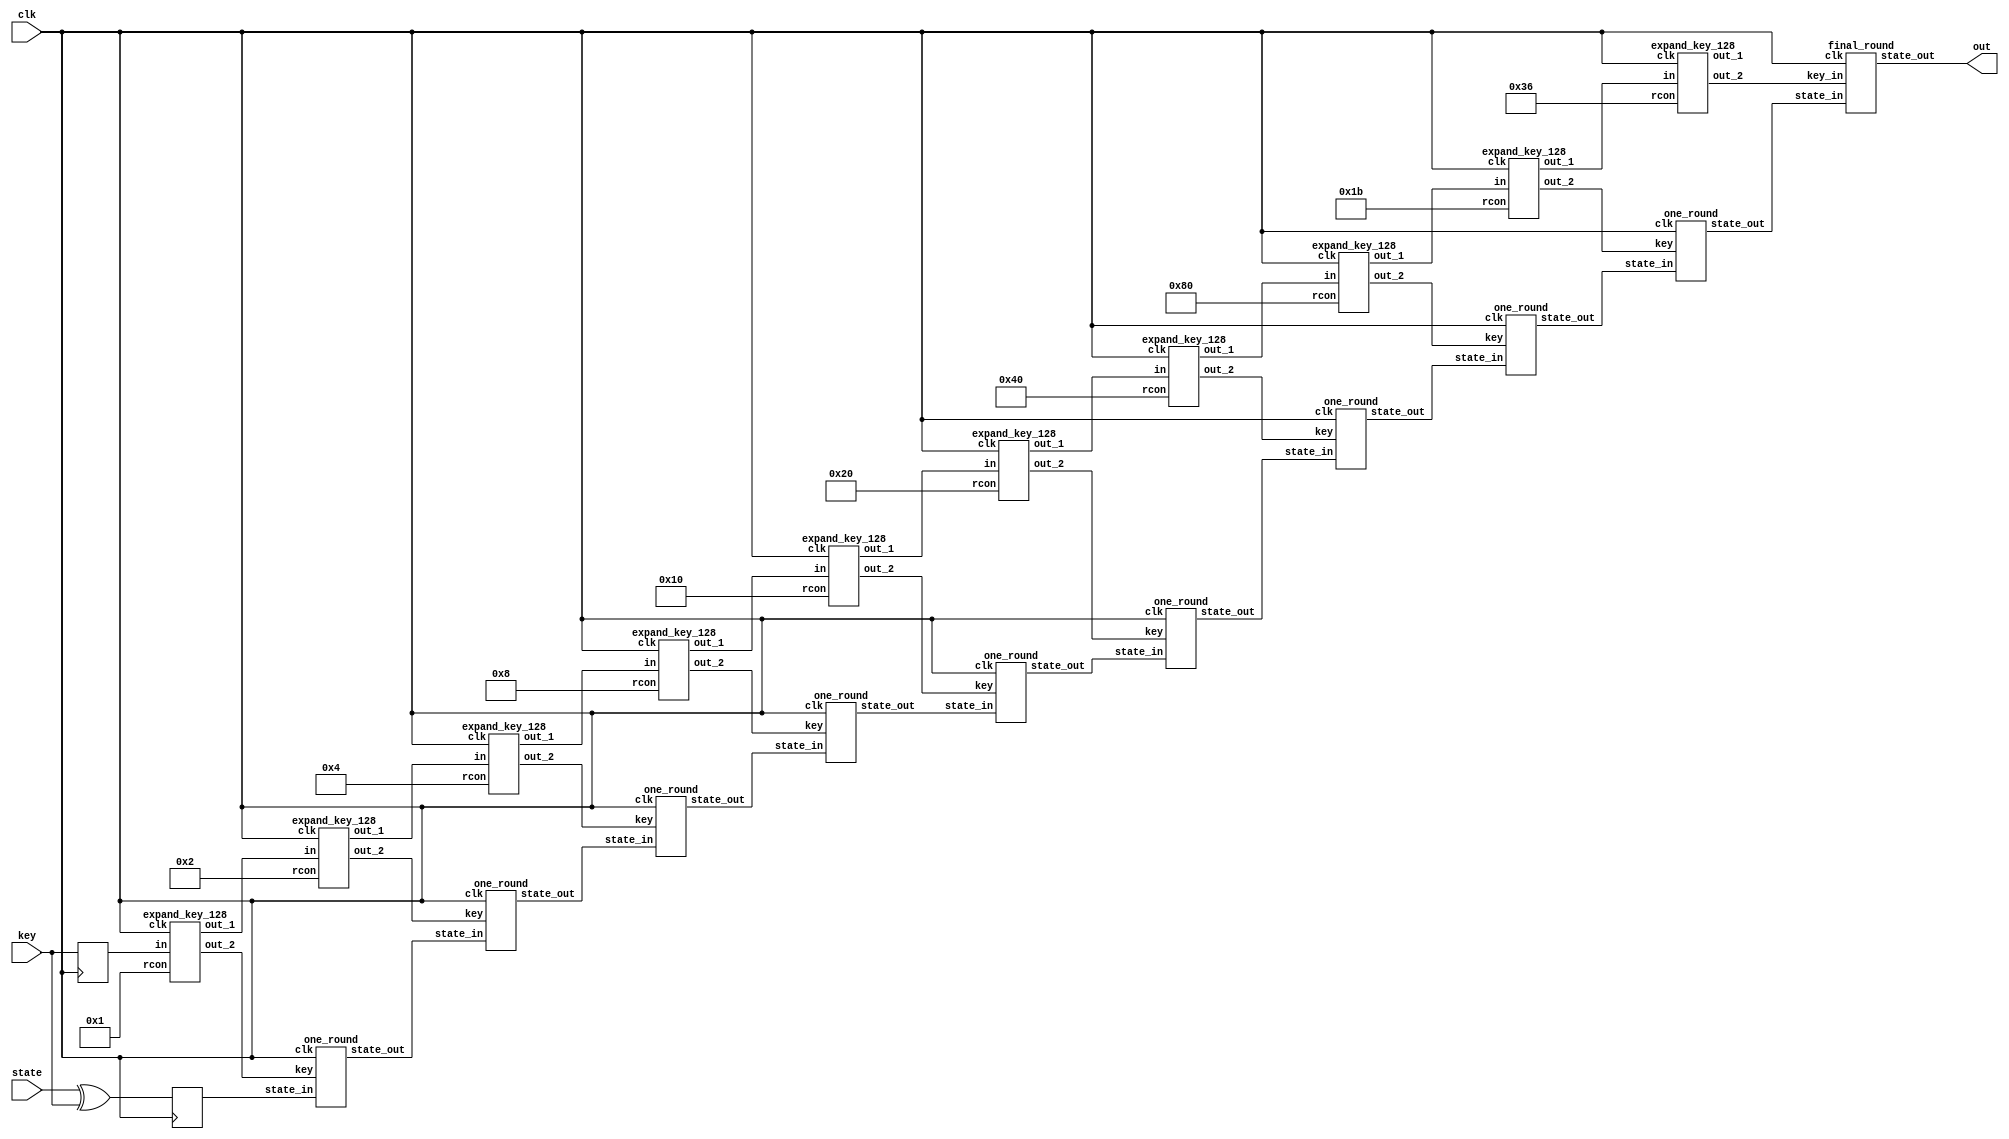
/*
 * Copyright 2012, Homer Hsing <homer.hsing@gmail.com>
 *
 * Licensed under the Apache License, Version 2.0 (the "License");
 * you may not use this file except in compliance with the License.
 * You may obtain a copy of the License at
 *
 * http://www.apache.org/licenses/LICENSE-2.0
 *
 * Unless required by applicable law or agreed to in writing, software
 * distributed under the License is distributed on an "AS IS" BASIS,
 * WITHOUT WARRANTIES OR CONDITIONS OF ANY KIND, either express or implied.
 * See the License for the specific language governing permissions and
 * limitations under the License.
 */

module aes128(clk, state, key, out);
    input          clk;
    input  [127:0] state, key;
    output [127:0] out;
    reg    [127:0] s0, k0;
    wire   [127:0] s1, s2, s3, s4, s5, s6, s7, s8, s9,
                   k1, k2, k3, k4, k5, k6, k7, k8, k9,
                   k0b, k1b, k2b, k3b, k4b, k5b, k6b, k7b, k8b, k9b;

    always @ (posedge clk)
      begin
        s0 <= state ^ key;
        k0 <= key;
      end

    expand_key_128
        a1 (clk, k0, k1, k0b, 8'h1),
        a2 (clk, k1, k2, k1b, 8'h2),
        a3 (clk, k2, k3, k2b, 8'h4),
        a4 (clk, k3, k4, k3b, 8'h8),
        a5 (clk, k4, k5, k4b, 8'h10),
        a6 (clk, k5, k6, k5b, 8'h20),
        a7 (clk, k6, k7, k6b, 8'h40),
        a8 (clk, k7, k8, k7b, 8'h80),
        a9 (clk, k8, k9, k8b, 8'h1b),
       a10 (clk, k9,   , k9b, 8'h36);

    one_round
        r1 (clk, s0, k0b, s1),
        r2 (clk, s1, k1b, s2),
        r3 (clk, s2, k2b, s3),
        r4 (clk, s3, k3b, s4),
        r5 (clk, s4, k4b, s5),
        r6 (clk, s5, k5b, s6),
        r7 (clk, s6, k6b, s7),
        r8 (clk, s7, k7b, s8),
        r9 (clk, s8, k8b, s9);

    final_round
        rf (clk, s9, k9b, out);
endmodule

module expand_key_128(clk, in, out_1, out_2, rcon);
    input              clk;
    input      [127:0] in;
    input      [7:0]   rcon;
    output reg [127:0] out_1;
    output     [127:0] out_2;
    wire       [31:0]  k0, k1, k2, k3,
                       v0, v1, v2, v3;
    reg        [31:0]  k0a, k1a, k2a, k3a;
    wire       [31:0]  k0b, k1b, k2b, k3b, k4a;

    assign {k0, k1, k2, k3} = in;
    
    assign v0 = {k0[31:24] ^ rcon, k0[23:0]};
    assign v1 = v0 ^ k1;
    assign v2 = v1 ^ k2;
    assign v3 = v2 ^ k3;

    always @ (posedge clk)
        {k0a, k1a, k2a, k3a} <= {v0, v1, v2, v3};

    S4
        S4_0 (clk, {k3[23:0], k3[31:24]}, k4a);

    assign k0b = k0a ^ k4a;
    assign k1b = k1a ^ k4a;
    assign k2b = k2a ^ k4a;
    assign k3b = k3a ^ k4a;

    always @ (posedge clk)
        out_1 <= {k0b, k1b, k2b, k3b};

    assign out_2 = {k0b, k1b, k2b, k3b};
endmodule



/* one AES round for every two clock cycles */
module one_round (clk, state_in, key, state_out);
    input              clk;
    input      [127:0] state_in, key;
    output reg [127:0] state_out;
    wire       [31:0]  s0,  s1,  s2,  s3,
                       z0,  z1,  z2,  z3,
                       p00, p01, p02, p03,
                       p10, p11, p12, p13,
                       p20, p21, p22, p23,
                       p30, p31, p32, p33,
                       k0,  k1,  k2,  k3;

    assign {k0, k1, k2, k3} = key;

    assign {s0, s1, s2, s3} = state_in;

    table_lookup
        t0 (clk, s0, p00, p01, p02, p03),
        t1 (clk, s1, p10, p11, p12, p13),
        t2 (clk, s2, p20, p21, p22, p23),
        t3 (clk, s3, p30, p31, p32, p33);

    assign z0 = p00 ^ p11 ^ p22 ^ p33 ^ k0;
    assign z1 = p03 ^ p10 ^ p21 ^ p32 ^ k1;
    assign z2 = p02 ^ p13 ^ p20 ^ p31 ^ k2;
    assign z3 = p01 ^ p12 ^ p23 ^ p30 ^ k3;

    always @ (posedge clk)
        state_out <= {z0, z1, z2, z3};
endmodule

/* AES final round for every two clock cycles */
module final_round (clk, state_in, key_in, state_out);
    input              clk;
    input      [127:0] state_in;
    input      [127:0] key_in;
    output reg [127:0] state_out;
    wire [31:0] s0,  s1,  s2,  s3,
                z0,  z1,  z2,  z3,
                k0,  k1,  k2,  k3;
    wire [7:0]  p00, p01, p02, p03,
                p10, p11, p12, p13,
                p20, p21, p22, p23,
                p30, p31, p32, p33;
    
    assign {k0, k1, k2, k3} = key_in;
    
    assign {s0, s1, s2, s3} = state_in;

    S4
        S4_1 (clk, s0, {p00, p01, p02, p03}),
        S4_2 (clk, s1, {p10, p11, p12, p13}),
        S4_3 (clk, s2, {p20, p21, p22, p23}),
        S4_4 (clk, s3, {p30, p31, p32, p33});

    assign z0 = {p00, p11, p22, p33} ^ k0;
    assign z1 = {p10, p21, p32, p03} ^ k1;
    assign z2 = {p20, p31, p02, p13} ^ k2;
    assign z3 = {p30, p01, p12, p23} ^ k3;

    always @ (posedge clk)
        state_out <= {z0, z1, z2, z3};
endmodule




/*http://cs-www.cs.yale.edu/homes/peralta/CircuitStuff/CMT.html*/
module S(
    input clk,
    input [7:0] in,
    output reg [7:0] out
    );
	
	wire[0:7] s, x;

	assign x = in;
	
	always @ (posedge clk)
        out <= s;
	
	wire [21:0] y;
	wire [67:0] t;
	wire [17:0] z;
	
	assign y[14] = x[3] ^ x[5];
	assign y[13] = x[0] ^ x[6];
	assign y[9] = x[0] ^ x[3];
	assign y[8] = x[0] ^ x[5];
	assign t[0] = x[1] ^ x[2];
	assign y[1] = t[0] ^ x[7];
	assign y[4] = y[1] ^ x[3];
	assign y[12] = y[13] ^ y[14];
	assign y[2] = y[1] ^ x[0];
	assign y[5] = y[1] ^ x[6];
	assign y[3] = y[5] ^ y[8];
	assign t[1] = x[4] ^ y[12];
	assign y[15] = t[1] ^ x[5];
	assign y[20] = t[1] ^ x[1];
	assign y[6] = y[15] ^ x[7];
	assign y[10] = y[15] ^ t[0];
	assign y[11] = y[20] ^ y[9];
	assign y[7] = x[7] ^ y[11];
	assign y[17] = y[10] ^ y[11];
	assign y[19] = y[10] ^ y[8];
	assign y[16] = t[0] ^ y[11];
	assign y[21] = y[13] ^ y[16];
	assign y[18] = x[0] ^ y[16];
	
	assign t[2] = y[12] & y[15];
	assign t[3] = y[3] & y[6];
	assign t[4] = t[3] ^ t[2];
	assign t[5] = y[4] & x[7];
	assign t[6] = t[5] ^ t[2]; 
	assign t[7] = y[13] & y[16];
	assign t[8] = y[5] & y[1];
	assign t[9] = t[8] ^ t[7];
	assign t[10] = y[2] & y[7];
	assign t[11] = t[10] ^ t[7];
	assign t[12] = y[9] & y[11];
	assign t[13] = y[14] & y[17];
	assign t[14] = t[13] ^ t[12];
	assign t[15] = y[8] & y[10];
	assign t[16] = t[15] ^ t[12];
	assign t[17] = t[4] ^ t[14];
	assign t[18] = t[6] ^ t[16];
	assign t[19] = t[9] ^ t[14];
	assign t[20] = t[11] ^ t[16];
	assign t[21] = t[17] ^ y[20];
	assign t[22] = t[18] ^ y[19];
	assign t[23] = t[19] ^ y[21];
	assign t[24] = t[20] ^ y[18];
	
	assign t[25] = t[21] ^ t[22];
	assign t[26] = t[21] & t[23];
	assign t[27] = t[24] ^ t[26];
	assign t[28] = t[25] & t[27]; 
	assign t[29] = t[28] ^ t[22];
	assign t[30] = t[23] ^ t[24];
	assign t[31] = t[22] ^ t[26];
	assign t[32] = t[31] & t[30];
	assign t[33] = t[32] ^ t[24];
	assign t[34] = t[23] ^ t[33];
	assign t[35] = t[27] ^ t[33];
	assign t[36] = t[24] & t[35]; 
	assign t[37] = t[36] ^ t[34];
	assign t[38] = t[27] ^ t[36];
	assign t[39] = t[29] & t[38];
	assign t[40] = t[25] ^ t[39];
	
	assign t[41] = t[40] ^ t[37];
	assign t[42] = t[29] ^ t[33];
	assign t[43] =  t[29] ^ t[40];
	assign t[44] =  t[33] ^ t[37];
	assign t[45] = t[42] ^ t[41];
	assign z[0] = t[44] & y[15];
	assign z[1] = t[37] & y[6];
	assign z[2] = t[33] & x[7];
	assign z[3] = t[43] & y[16];
	assign z[4] = t[40] & y[1];
	assign z[5] = t[29] & y[7];
	assign z[6] = t[42] & y[11];
	assign z[7] = t[45] & y[17];
	assign z[8] = t[41] & y[10];
	assign z[9] = t[44] & y[12];
	assign z[10] = t[37] & y[3];
	assign z[11] = t[33] & y[4];
	assign z[12] = t[43] & y[13];
	assign z[13] = t[40] & y[5];
	assign z[14] = t[29] & y[2];
	assign z[15] = t[42] & y[9];
	assign z[16] = t[45] & y[14];
	assign z[17] = t[41] & y[8];
	
	assign t[46] = z[15] ^ z[16];
	assign t[47] = z[10] ^ z[11];
	assign t[48] = z[5] ^ z[13];
	assign t[49] = z[9] ^ z[10];
	assign t[50] = z[2] ^ z[12];
	assign t[51] = z[2] ^ z[5];
	assign t[52] = z[7] ^ z[8];
	assign t[53] = z[0] ^ z[3];
	assign t[54] = z[6] ^ z[7];
	assign t[55] = z[16] ^ z[17];
	assign t[56] = z[12] ^ t[48];
	assign t[57] = t[50] ^ t[53];
	assign t[58] = z[4] ^ t[46];
	assign t[59] = z[3] ^ t[54];
	assign t[60] = t[46] ^ t[57];
	assign t[61] = z[14] ^ t[57];
	assign t[62] = t[52] ^ t[58];
	assign t[63] = t[49] ^ t[58];
	assign t[64] = z[4] ^ t[59];
	assign t[65] = t[61] ^ t[62];
	assign t[66] = z[1] ^ t[63];
	assign s[0] = t[59] ^ t[63];
	assign s[6] = ~t[56 ] ^ t[62]; 
	assign s[7] = ~t[48 ] ^ t[60]; 
	assign t[67] = t[64] ^ t[65];
	assign s[3] = t[53] ^ t[66];
	assign s[4] = t[51] ^ t[66];
	assign s[5] = t[47] ^ t[65];
	assign s[1] = ~t[64 ] ^ s[3]; 
	assign s[2] = ~t[55 ] ^ t[67]; 
  
endmodule 


module xS (clk, in, out); //this is sbox times 2 
    input clk;
    input [7:0] in;
    output [7:0] out;
    
    wire [7:0] out_2;
	
	S S_(
		.clk(clk),
		.in(in),
		.out(out_2)
	);
	
	wire dummy;
	
	assign {dummy, out} = out_2[7]? {out_2, 1'b0}^9'h11b : {out_2, 1'b0}; //Finite Field Multiplication: https://www.cs.uaf.edu/2013/spring/cs463/lecture/02_11_groups_fields.html
	
	
endmodule



module table_lookup (clk, state, p0, p1, p2, p3);
    input clk;
    input [31:0] state;
    output [31:0] p0, p1, p2, p3;
    wire [7:0] b0, b1, b2, b3;
    
    assign {b0, b1, b2, b3} = state;
    T
        t0 (clk, b0, {p0[23:0], p0[31:24]}),
        t1 (clk, b1, {p1[15:0], p1[31:16]}),
        t2 (clk, b2, {p2[7:0],  p2[31:8]} ),
        t3 (clk, b3, p3);
endmodule

/* substitue four bytes in a word */
module S4 (clk, in, out);
    input clk;
    input [31:0] in;
    output [31:0] out;
    
    S
        S_0 (clk, in[31:24], out[31:24]),
        S_1 (clk, in[23:16], out[23:16]),
        S_2 (clk, in[15:8],  out[15:8] ),
        S_3 (clk, in[7:0],   out[7:0]  );
endmodule

/* S_box, S_box, S_box*(x+1), S_box*x */
module T (clk, in, out);
    input         clk;
    input  [7:0]  in;
    output [31:0] out;
    
    S
        s0 (clk, in, out[31:24]);
    assign out[23:16] = out[31:24];
    xS
        s4 (clk, in, out[7:0]);
    assign out[15:8] = out[23:16] ^ out[7:0];
endmodule

/* S box */
module S_table (clk, in, out); //uses BRAM, implementation based on logic operations included in sbox.v
    input clk;
    input [7:0] in;
    output reg [7:0] out;

    always @ (posedge clk)
    case (in)
    8'h00: out <= 8'h63;
    8'h01: out <= 8'h7c;
    8'h02: out <= 8'h77;
    8'h03: out <= 8'h7b;
    8'h04: out <= 8'hf2;
    8'h05: out <= 8'h6b;
    8'h06: out <= 8'h6f;
    8'h07: out <= 8'hc5;
    8'h08: out <= 8'h30;
    8'h09: out <= 8'h01;
    8'h0a: out <= 8'h67;
    8'h0b: out <= 8'h2b;
    8'h0c: out <= 8'hfe;
    8'h0d: out <= 8'hd7;
    8'h0e: out <= 8'hab;
    8'h0f: out <= 8'h76;
    8'h10: out <= 8'hca;
    8'h11: out <= 8'h82;
    8'h12: out <= 8'hc9;
    8'h13: out <= 8'h7d;
    8'h14: out <= 8'hfa;
    8'h15: out <= 8'h59;
    8'h16: out <= 8'h47;
    8'h17: out <= 8'hf0;
    8'h18: out <= 8'had;
    8'h19: out <= 8'hd4;
    8'h1a: out <= 8'ha2;
    8'h1b: out <= 8'haf;
    8'h1c: out <= 8'h9c;
    8'h1d: out <= 8'ha4;
    8'h1e: out <= 8'h72;
    8'h1f: out <= 8'hc0;
    8'h20: out <= 8'hb7;
    8'h21: out <= 8'hfd;
    8'h22: out <= 8'h93;
    8'h23: out <= 8'h26;
    8'h24: out <= 8'h36;
    8'h25: out <= 8'h3f;
    8'h26: out <= 8'hf7;
    8'h27: out <= 8'hcc;
    8'h28: out <= 8'h34;
    8'h29: out <= 8'ha5;
    8'h2a: out <= 8'he5;
    8'h2b: out <= 8'hf1;
    8'h2c: out <= 8'h71;
    8'h2d: out <= 8'hd8;
    8'h2e: out <= 8'h31;
    8'h2f: out <= 8'h15;
    8'h30: out <= 8'h04;
    8'h31: out <= 8'hc7;
    8'h32: out <= 8'h23;
    8'h33: out <= 8'hc3;
    8'h34: out <= 8'h18;
    8'h35: out <= 8'h96;
    8'h36: out <= 8'h05;
    8'h37: out <= 8'h9a;
    8'h38: out <= 8'h07;
    8'h39: out <= 8'h12;
    8'h3a: out <= 8'h80;
    8'h3b: out <= 8'he2;
    8'h3c: out <= 8'heb;
    8'h3d: out <= 8'h27;
    8'h3e: out <= 8'hb2;
    8'h3f: out <= 8'h75;
    8'h40: out <= 8'h09;
    8'h41: out <= 8'h83;
    8'h42: out <= 8'h2c;
    8'h43: out <= 8'h1a;
    8'h44: out <= 8'h1b;
    8'h45: out <= 8'h6e;
    8'h46: out <= 8'h5a;
    8'h47: out <= 8'ha0;
    8'h48: out <= 8'h52;
    8'h49: out <= 8'h3b;
    8'h4a: out <= 8'hd6;
    8'h4b: out <= 8'hb3;
    8'h4c: out <= 8'h29;
    8'h4d: out <= 8'he3;
    8'h4e: out <= 8'h2f;
    8'h4f: out <= 8'h84;
    8'h50: out <= 8'h53;
    8'h51: out <= 8'hd1;
    8'h52: out <= 8'h00;
    8'h53: out <= 8'hed;
    8'h54: out <= 8'h20;
    8'h55: out <= 8'hfc;
    8'h56: out <= 8'hb1;
    8'h57: out <= 8'h5b;
    8'h58: out <= 8'h6a;
    8'h59: out <= 8'hcb;
    8'h5a: out <= 8'hbe;
    8'h5b: out <= 8'h39;
    8'h5c: out <= 8'h4a;
    8'h5d: out <= 8'h4c;
    8'h5e: out <= 8'h58;
    8'h5f: out <= 8'hcf;
    8'h60: out <= 8'hd0;
    8'h61: out <= 8'hef;
    8'h62: out <= 8'haa;
    8'h63: out <= 8'hfb;
    8'h64: out <= 8'h43;
    8'h65: out <= 8'h4d;
    8'h66: out <= 8'h33;
    8'h67: out <= 8'h85;
    8'h68: out <= 8'h45;
    8'h69: out <= 8'hf9;
    8'h6a: out <= 8'h02;
    8'h6b: out <= 8'h7f;
    8'h6c: out <= 8'h50;
    8'h6d: out <= 8'h3c;
    8'h6e: out <= 8'h9f;
    8'h6f: out <= 8'ha8;
    8'h70: out <= 8'h51;
    8'h71: out <= 8'ha3;
    8'h72: out <= 8'h40;
    8'h73: out <= 8'h8f;
    8'h74: out <= 8'h92;
    8'h75: out <= 8'h9d;
    8'h76: out <= 8'h38;
    8'h77: out <= 8'hf5;
    8'h78: out <= 8'hbc;
    8'h79: out <= 8'hb6;
    8'h7a: out <= 8'hda;
    8'h7b: out <= 8'h21;
    8'h7c: out <= 8'h10;
    8'h7d: out <= 8'hff;
    8'h7e: out <= 8'hf3;
    8'h7f: out <= 8'hd2;
    8'h80: out <= 8'hcd;
    8'h81: out <= 8'h0c;
    8'h82: out <= 8'h13;
    8'h83: out <= 8'hec;
    8'h84: out <= 8'h5f;
    8'h85: out <= 8'h97;
    8'h86: out <= 8'h44;
    8'h87: out <= 8'h17;
    8'h88: out <= 8'hc4;
    8'h89: out <= 8'ha7;
    8'h8a: out <= 8'h7e;
    8'h8b: out <= 8'h3d;
    8'h8c: out <= 8'h64;
    8'h8d: out <= 8'h5d;
    8'h8e: out <= 8'h19;
    8'h8f: out <= 8'h73;
    8'h90: out <= 8'h60;
    8'h91: out <= 8'h81;
    8'h92: out <= 8'h4f;
    8'h93: out <= 8'hdc;
    8'h94: out <= 8'h22;
    8'h95: out <= 8'h2a;
    8'h96: out <= 8'h90;
    8'h97: out <= 8'h88;
    8'h98: out <= 8'h46;
    8'h99: out <= 8'hee;
    8'h9a: out <= 8'hb8;
    8'h9b: out <= 8'h14;
    8'h9c: out <= 8'hde;
    8'h9d: out <= 8'h5e;
    8'h9e: out <= 8'h0b;
    8'h9f: out <= 8'hdb;
    8'ha0: out <= 8'he0;
    8'ha1: out <= 8'h32;
    8'ha2: out <= 8'h3a;
    8'ha3: out <= 8'h0a;
    8'ha4: out <= 8'h49;
    8'ha5: out <= 8'h06;
    8'ha6: out <= 8'h24;
    8'ha7: out <= 8'h5c;
    8'ha8: out <= 8'hc2;
    8'ha9: out <= 8'hd3;
    8'haa: out <= 8'hac;
    8'hab: out <= 8'h62;
    8'hac: out <= 8'h91;
    8'had: out <= 8'h95;
    8'hae: out <= 8'he4;
    8'haf: out <= 8'h79;
    8'hb0: out <= 8'he7;
    8'hb1: out <= 8'hc8;
    8'hb2: out <= 8'h37;
    8'hb3: out <= 8'h6d;
    8'hb4: out <= 8'h8d;
    8'hb5: out <= 8'hd5;
    8'hb6: out <= 8'h4e;
    8'hb7: out <= 8'ha9;
    8'hb8: out <= 8'h6c;
    8'hb9: out <= 8'h56;
    8'hba: out <= 8'hf4;
    8'hbb: out <= 8'hea;
    8'hbc: out <= 8'h65;
    8'hbd: out <= 8'h7a;
    8'hbe: out <= 8'hae;
    8'hbf: out <= 8'h08;
    8'hc0: out <= 8'hba;
    8'hc1: out <= 8'h78;
    8'hc2: out <= 8'h25;
    8'hc3: out <= 8'h2e;
    8'hc4: out <= 8'h1c;
    8'hc5: out <= 8'ha6;
    8'hc6: out <= 8'hb4;
    8'hc7: out <= 8'hc6;
    8'hc8: out <= 8'he8;
    8'hc9: out <= 8'hdd;
    8'hca: out <= 8'h74;
    8'hcb: out <= 8'h1f;
    8'hcc: out <= 8'h4b;
    8'hcd: out <= 8'hbd;
    8'hce: out <= 8'h8b;
    8'hcf: out <= 8'h8a;
    8'hd0: out <= 8'h70;
    8'hd1: out <= 8'h3e;
    8'hd2: out <= 8'hb5;
    8'hd3: out <= 8'h66;
    8'hd4: out <= 8'h48;
    8'hd5: out <= 8'h03;
    8'hd6: out <= 8'hf6;
    8'hd7: out <= 8'h0e;
    8'hd8: out <= 8'h61;
    8'hd9: out <= 8'h35;
    8'hda: out <= 8'h57;
    8'hdb: out <= 8'hb9;
    8'hdc: out <= 8'h86;
    8'hdd: out <= 8'hc1;
    8'hde: out <= 8'h1d;
    8'hdf: out <= 8'h9e;
    8'he0: out <= 8'he1;
    8'he1: out <= 8'hf8;
    8'he2: out <= 8'h98;
    8'he3: out <= 8'h11;
    8'he4: out <= 8'h69;
    8'he5: out <= 8'hd9;
    8'he6: out <= 8'h8e;
    8'he7: out <= 8'h94;
    8'he8: out <= 8'h9b;
    8'he9: out <= 8'h1e;
    8'hea: out <= 8'h87;
    8'heb: out <= 8'he9;
    8'hec: out <= 8'hce;
    8'hed: out <= 8'h55;
    8'hee: out <= 8'h28;
    8'hef: out <= 8'hdf;
    8'hf0: out <= 8'h8c;
    8'hf1: out <= 8'ha1;
    8'hf2: out <= 8'h89;
    8'hf3: out <= 8'h0d;
    8'hf4: out <= 8'hbf;
    8'hf5: out <= 8'he6;
    8'hf6: out <= 8'h42;
    8'hf7: out <= 8'h68;
    8'hf8: out <= 8'h41;
    8'hf9: out <= 8'h99;
    8'hfa: out <= 8'h2d;
    8'hfb: out <= 8'h0f;
    8'hfc: out <= 8'hb0;
    8'hfd: out <= 8'h54;
    8'hfe: out <= 8'hbb;
    8'hff: out <= 8'h16;
    endcase
endmodule

/* S box * x */
module xS_table (clk, in, out); //uses BRAM, implementation based on logic operations included in sbox.v
    input clk;
    input [7:0] in;
    output reg [7:0] out;

    always @ (posedge clk)
    case (in)
    8'h00: out <= 8'hc6;
    8'h01: out <= 8'hf8;
    8'h02: out <= 8'hee;
    8'h03: out <= 8'hf6;
    8'h04: out <= 8'hff;
    8'h05: out <= 8'hd6;
    8'h06: out <= 8'hde;
    8'h07: out <= 8'h91;
    8'h08: out <= 8'h60;
    8'h09: out <= 8'h02;
    8'h0a: out <= 8'hce;
    8'h0b: out <= 8'h56;
    8'h0c: out <= 8'he7;
    8'h0d: out <= 8'hb5;
    8'h0e: out <= 8'h4d;
    8'h0f: out <= 8'hec;
    8'h10: out <= 8'h8f;
    8'h11: out <= 8'h1f;
    8'h12: out <= 8'h89;
    8'h13: out <= 8'hfa;
    8'h14: out <= 8'hef;
    8'h15: out <= 8'hb2;
    8'h16: out <= 8'h8e;
    8'h17: out <= 8'hfb;
    8'h18: out <= 8'h41;
    8'h19: out <= 8'hb3;
    8'h1a: out <= 8'h5f;
    8'h1b: out <= 8'h45;
    8'h1c: out <= 8'h23;
    8'h1d: out <= 8'h53;
    8'h1e: out <= 8'he4;
    8'h1f: out <= 8'h9b;
    8'h20: out <= 8'h75;
    8'h21: out <= 8'he1;
    8'h22: out <= 8'h3d;
    8'h23: out <= 8'h4c;
    8'h24: out <= 8'h6c;
    8'h25: out <= 8'h7e;
    8'h26: out <= 8'hf5;
    8'h27: out <= 8'h83;
    8'h28: out <= 8'h68;
    8'h29: out <= 8'h51;
    8'h2a: out <= 8'hd1;
    8'h2b: out <= 8'hf9;
    8'h2c: out <= 8'he2;
    8'h2d: out <= 8'hab;
    8'h2e: out <= 8'h62;
    8'h2f: out <= 8'h2a;
    8'h30: out <= 8'h08;
    8'h31: out <= 8'h95;
    8'h32: out <= 8'h46;
    8'h33: out <= 8'h9d;
    8'h34: out <= 8'h30;
    8'h35: out <= 8'h37;
    8'h36: out <= 8'h0a;
    8'h37: out <= 8'h2f;
    8'h38: out <= 8'h0e;
    8'h39: out <= 8'h24;
    8'h3a: out <= 8'h1b;
    8'h3b: out <= 8'hdf;
    8'h3c: out <= 8'hcd;
    8'h3d: out <= 8'h4e;
    8'h3e: out <= 8'h7f;
    8'h3f: out <= 8'hea;
    8'h40: out <= 8'h12;
    8'h41: out <= 8'h1d;
    8'h42: out <= 8'h58;
    8'h43: out <= 8'h34;
    8'h44: out <= 8'h36;
    8'h45: out <= 8'hdc;
    8'h46: out <= 8'hb4;
    8'h47: out <= 8'h5b;
    8'h48: out <= 8'ha4;
    8'h49: out <= 8'h76;
    8'h4a: out <= 8'hb7;
    8'h4b: out <= 8'h7d;
    8'h4c: out <= 8'h52;
    8'h4d: out <= 8'hdd;
    8'h4e: out <= 8'h5e;
    8'h4f: out <= 8'h13;
    8'h50: out <= 8'ha6;
    8'h51: out <= 8'hb9;
    8'h52: out <= 8'h00;
    8'h53: out <= 8'hc1;
    8'h54: out <= 8'h40;
    8'h55: out <= 8'he3;
    8'h56: out <= 8'h79;
    8'h57: out <= 8'hb6;
    8'h58: out <= 8'hd4;
    8'h59: out <= 8'h8d;
    8'h5a: out <= 8'h67;
    8'h5b: out <= 8'h72;
    8'h5c: out <= 8'h94;
    8'h5d: out <= 8'h98;
    8'h5e: out <= 8'hb0;
    8'h5f: out <= 8'h85;
    8'h60: out <= 8'hbb;
    8'h61: out <= 8'hc5;
    8'h62: out <= 8'h4f;
    8'h63: out <= 8'hed;
    8'h64: out <= 8'h86;
    8'h65: out <= 8'h9a;
    8'h66: out <= 8'h66;
    8'h67: out <= 8'h11;
    8'h68: out <= 8'h8a;
    8'h69: out <= 8'he9;
    8'h6a: out <= 8'h04;
    8'h6b: out <= 8'hfe;
    8'h6c: out <= 8'ha0;
    8'h6d: out <= 8'h78;
    8'h6e: out <= 8'h25;
    8'h6f: out <= 8'h4b;
    8'h70: out <= 8'ha2;
    8'h71: out <= 8'h5d;
    8'h72: out <= 8'h80;
    8'h73: out <= 8'h05;
    8'h74: out <= 8'h3f;
    8'h75: out <= 8'h21;
    8'h76: out <= 8'h70;
    8'h77: out <= 8'hf1;
    8'h78: out <= 8'h63;
    8'h79: out <= 8'h77;
    8'h7a: out <= 8'haf;
    8'h7b: out <= 8'h42;
    8'h7c: out <= 8'h20;
    8'h7d: out <= 8'he5;
    8'h7e: out <= 8'hfd;
    8'h7f: out <= 8'hbf;
    8'h80: out <= 8'h81;
    8'h81: out <= 8'h18;
    8'h82: out <= 8'h26;
    8'h83: out <= 8'hc3;
    8'h84: out <= 8'hbe;
    8'h85: out <= 8'h35;
    8'h86: out <= 8'h88;
    8'h87: out <= 8'h2e;
    8'h88: out <= 8'h93;
    8'h89: out <= 8'h55;
    8'h8a: out <= 8'hfc;
    8'h8b: out <= 8'h7a;
    8'h8c: out <= 8'hc8;
    8'h8d: out <= 8'hba;
    8'h8e: out <= 8'h32;
    8'h8f: out <= 8'he6;
    8'h90: out <= 8'hc0;
    8'h91: out <= 8'h19;
    8'h92: out <= 8'h9e;
    8'h93: out <= 8'ha3;
    8'h94: out <= 8'h44;
    8'h95: out <= 8'h54;
    8'h96: out <= 8'h3b;
    8'h97: out <= 8'h0b;
    8'h98: out <= 8'h8c;
    8'h99: out <= 8'hc7;
    8'h9a: out <= 8'h6b;
    8'h9b: out <= 8'h28;
    8'h9c: out <= 8'ha7;
    8'h9d: out <= 8'hbc;
    8'h9e: out <= 8'h16;
    8'h9f: out <= 8'had;
    8'ha0: out <= 8'hdb;
    8'ha1: out <= 8'h64;
    8'ha2: out <= 8'h74;
    8'ha3: out <= 8'h14;
    8'ha4: out <= 8'h92;
    8'ha5: out <= 8'h0c;
    8'ha6: out <= 8'h48;
    8'ha7: out <= 8'hb8;
    8'ha8: out <= 8'h9f;
    8'ha9: out <= 8'hbd;
    8'haa: out <= 8'h43;
    8'hab: out <= 8'hc4;
    8'hac: out <= 8'h39;
    8'had: out <= 8'h31;
    8'hae: out <= 8'hd3;
    8'haf: out <= 8'hf2;
    8'hb0: out <= 8'hd5;
    8'hb1: out <= 8'h8b;
    8'hb2: out <= 8'h6e;
    8'hb3: out <= 8'hda;
    8'hb4: out <= 8'h01;
    8'hb5: out <= 8'hb1;
    8'hb6: out <= 8'h9c;
    8'hb7: out <= 8'h49;
    8'hb8: out <= 8'hd8;
    8'hb9: out <= 8'hac;
    8'hba: out <= 8'hf3;
    8'hbb: out <= 8'hcf;
    8'hbc: out <= 8'hca;
    8'hbd: out <= 8'hf4;
    8'hbe: out <= 8'h47;
    8'hbf: out <= 8'h10;
    8'hc0: out <= 8'h6f;
    8'hc1: out <= 8'hf0;
    8'hc2: out <= 8'h4a;
    8'hc3: out <= 8'h5c;
    8'hc4: out <= 8'h38;
    8'hc5: out <= 8'h57;
    8'hc6: out <= 8'h73;
    8'hc7: out <= 8'h97;
    8'hc8: out <= 8'hcb;
    8'hc9: out <= 8'ha1;
    8'hca: out <= 8'he8;
    8'hcb: out <= 8'h3e;
    8'hcc: out <= 8'h96;
    8'hcd: out <= 8'h61;
    8'hce: out <= 8'h0d;
    8'hcf: out <= 8'h0f;
    8'hd0: out <= 8'he0;
    8'hd1: out <= 8'h7c;
    8'hd2: out <= 8'h71;
    8'hd3: out <= 8'hcc;
    8'hd4: out <= 8'h90;
    8'hd5: out <= 8'h06;
    8'hd6: out <= 8'hf7;
    8'hd7: out <= 8'h1c;
    8'hd8: out <= 8'hc2;
    8'hd9: out <= 8'h6a;
    8'hda: out <= 8'hae;
    8'hdb: out <= 8'h69;
    8'hdc: out <= 8'h17;
    8'hdd: out <= 8'h99;
    8'hde: out <= 8'h3a;
    8'hdf: out <= 8'h27;
    8'he0: out <= 8'hd9;
    8'he1: out <= 8'heb;
    8'he2: out <= 8'h2b;
    8'he3: out <= 8'h22;
    8'he4: out <= 8'hd2;
    8'he5: out <= 8'ha9;
    8'he6: out <= 8'h07;
    8'he7: out <= 8'h33;
    8'he8: out <= 8'h2d;
    8'he9: out <= 8'h3c;
    8'hea: out <= 8'h15;
    8'heb: out <= 8'hc9;
    8'hec: out <= 8'h87;
    8'hed: out <= 8'haa;
    8'hee: out <= 8'h50;
    8'hef: out <= 8'ha5;
    8'hf0: out <= 8'h03;
    8'hf1: out <= 8'h59;
    8'hf2: out <= 8'h09;
    8'hf3: out <= 8'h1a;
    8'hf4: out <= 8'h65;
    8'hf5: out <= 8'hd7;
    8'hf6: out <= 8'h84;
    8'hf7: out <= 8'hd0;
    8'hf8: out <= 8'h82;
    8'hf9: out <= 8'h29;
    8'hfa: out <= 8'h5a;
    8'hfb: out <= 8'h1e;
    8'hfc: out <= 8'h7b;
    8'hfd: out <= 8'ha8;
    8'hfe: out <= 8'h6d;
    8'hff: out <= 8'h2c;
    endcase
endmodule